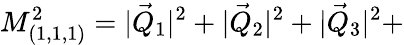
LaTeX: M_{(1,1,1)}^{2}=|\vec{Q}_{1}|^{2}+|\vec{Q}_{2}|^{2}+|\vec{Q}_{3}|^{2}+